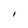
Character: l